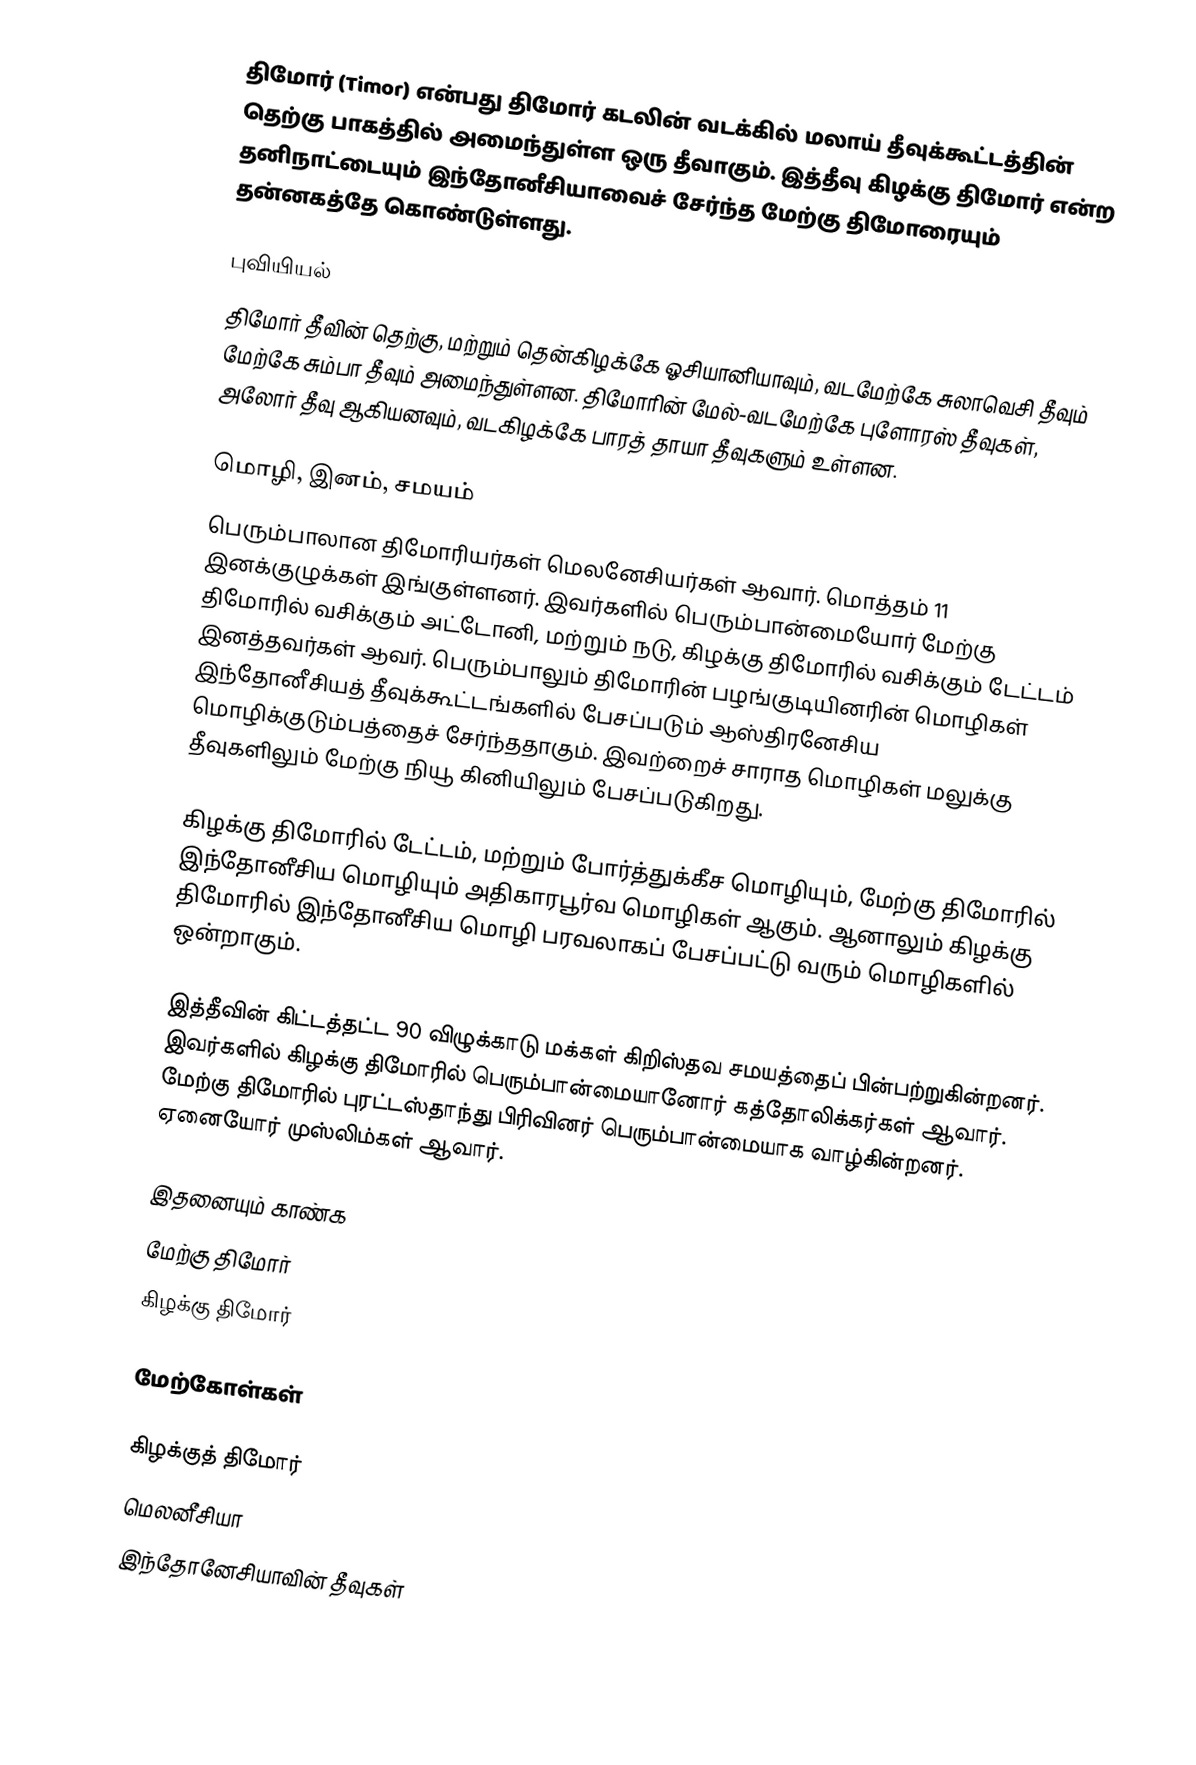
திமோர் (Timor) என்பது திமோர் கடலின் வடக்கில் மலாய் தீவுக்கூட்டத்தின் தெற்கு பாகத்தில் அமைந்துள்ள ஒரு தீவாகும். இத்தீவு கிழக்கு திமோர் என்ற தனிநாட்டையும் இந்தோனீசியாவைச் சேர்ந்த மேற்கு திமோரையும் தன்னகத்தே கொண்டுள்ளது.

புவியியல்
திமோர் தீவின் தெற்கு, மற்றும் தென்கிழக்கே ஓசியானியாவும், வடமேற்கே சுலாவெசி தீவும் மேற்கே சும்பா தீவும் அமைந்துள்ளன. திமோரின் மேல்-வடமேற்கே புளோரஸ் தீவுகள், அலோர் தீவு ஆகியனவும், வடகிழக்கே பாரத் தாயா தீவுகளும் உள்ளன.

மொழி, இனம், சமயம்
பெரும்பாலான திமோரியர்கள் மெலனேசியர்கள் ஆவார். மொத்தம் 11 இனக்குழுக்கள் இங்குள்ளனர். இவர்களில் பெரும்பான்மையோர் மேற்கு திமோரில் வசிக்கும் அட்டோனி, மற்றும் நடு, கிழக்கு திமோரில் வசிக்கும் டேட்டம் இனத்தவர்கள் ஆவர். பெரும்பாலும் திமோரின் பழங்குடியினரின் மொழிகள் இந்தோனீசியத் தீவுக்கூட்டங்களில் பேசப்படும் ஆஸ்திரனேசிய மொழிக்குடும்பத்தைச் சேர்ந்ததாகும். இவற்றைச் சாராத மொழிகள் மலுக்கு தீவுகளிலும் மேற்கு நியூ கினியிலும் பேசப்படுகிறது.

கிழக்கு திமோரில் டேட்டம், மற்றும் போர்த்துக்கீச மொழியும், மேற்கு திமோரில் இந்தோனீசிய மொழியும் அதிகாரபூர்வ மொழிகள் ஆகும். ஆனாலும் கிழக்கு திமோரில் இந்தோனீசிய மொழி பரவலாகப் பேசப்பட்டு வரும் மொழிகளில் ஒன்றாகும்.

இத்தீவின் கிட்டத்தட்ட 90 விழுக்காடு மக்கள் கிறிஸ்தவ சமயத்தைப் பின்பற்றுகின்றனர். இவர்களில் கிழக்கு திமோரில் பெரும்பான்மையானோர் கத்தோலிக்கர்கள் ஆவார். மேற்கு திமோரில் புரட்டஸ்தாந்து பிரிவினர் பெரும்பான்மையாக வாழ்கின்றனர். ஏனையோர் முஸ்லிம்கள் ஆவார்.

இதனையும் காண்க
 மேற்கு திமோர்
 கிழக்கு திமோர்

மேற்கோள்கள்

கிழக்குத் திமோர்
மெலனீசியா
இந்தோனேசியாவின் தீவுகள்